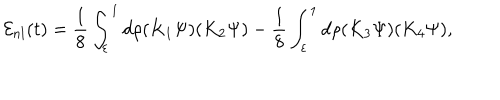
{ \cal E } _ { n l } ( t ) = \frac { 1 } { 8 } \int _ { \varepsilon } ^ { 1 } d \rho ( K _ { 1 } \Psi ) ( K _ { 2 } \Psi ) - \frac { 1 } { 8 } \int _ { \varepsilon } ^ { 1 } d \rho ( K _ { 3 } \Psi ) ( K _ { 4 } \Psi ) ,